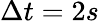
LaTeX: \Delta t=2s